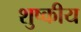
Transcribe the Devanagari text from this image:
शुष्कीय